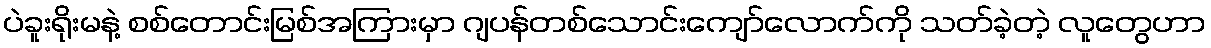
ပဲခူးရိုးမနဲ့ စစ်တောင်းမြစ်အကြားမှာ ဂျပန်တစ်သောင်းကျော်လောက်ကို သတ်ခဲ့တဲ့ လူတွေဟာ